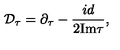
{ \cal D } _ { \tau } = \partial _ { \tau } - { \frac { i d } { 2 \mathrm { I m } \tau } } ,